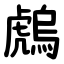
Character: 䖚